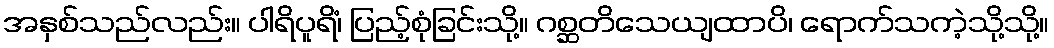
အနှစ်သည်လည်း။ ပါရိပူရိံ၊ ပြည့်စုံခြင်းသို့။ ဂစ္ဆတိသေယျထာပိ၊ ရောက်သကဲ့သို့သို့။